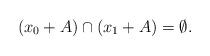
LaTeX: \begin{align*}(x_0 + A) \cap (x_1 + A) = \emptyset. \end{align*}